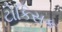
ટોકિસક